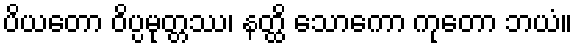
ပိယတော ဝိပ္ပမုတ္တဿ၊ နတ္ထိ သောကော ကုတော ဘယံ။